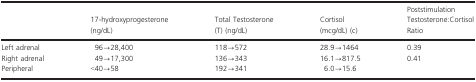
<table><thead><tr><td></td><td><b>17‐hydroxyprogesterone (ng/dL)</b></td><td><b>Total Testosterone (T) (ng/dL)</b></td><td><b>Cortisol (mcg/dL) (c)</b></td><td><b>Poststimulation Testosterone:Cortisol Ratio</b></td></tr></thead><tbody><tr><td>Left adrenal</td><td>96→28,400</td><td>118→572</td><td>28.9→1464</td><td>0.39</td></tr><tr><td>Right adrenal</td><td>49→17,300</td><td>136→343</td><td>16.1→817.5</td><td>0.41</td></tr><tr><td>Peripheral</td><td>&lt;40→58</td><td>192→341</td><td>6.0→15.6</td><td></td></tr></tbody></table>